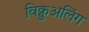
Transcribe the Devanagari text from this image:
विक्चुअलिंग